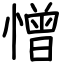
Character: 憎